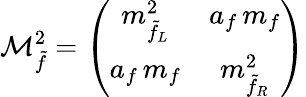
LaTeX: {\cal M}_{\tilde{f}}^{2}=\left(\begin{array}{cc}{{m_{\tilde{f}_{L}}^{2}}}&{{a_{f}\, m_{f}}}\\ {{a_{f}\, m_{f}}}&{{m_{\tilde{f}_{R}}^{2}}}\end{array}\right)